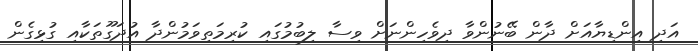
އަދި އިންޑިޔާއަށް ދާން ބޭނުންވާ ދިވެހިންނަށް ވިސާ ލިބުމުގައި ކުރިމަތިވަމުންދާ އުދަގޫތަކާއި ގުޅިގެން